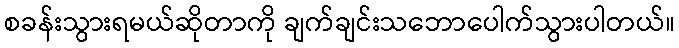
စခန်းသွားရမယ်ဆိုတာကို ချက်ချင်းသဘောပေါက်သွားပါတယ်။